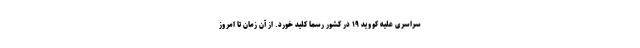
سراسری علیه کووید ۱۹ در کشور رسما کلید خورد. از آن زمان تا امروز